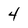
Character: 4